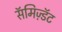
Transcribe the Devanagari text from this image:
सॅमिज़्डॅट